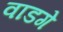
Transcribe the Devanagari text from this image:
वाडगे